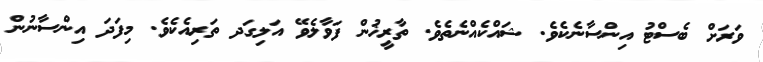
ވަރަށް ބެސްޓު އިންސާނެކެވެ. ޝައްކެއްނެތެވެ. ތާރީޚުން ފަވާލެވޭ އަލިގަދ ތަރިއެކެވެ. މިފަދަ އިންސާނުން